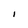
Character: i